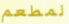
لمطعم